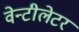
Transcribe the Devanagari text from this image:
वेन्टीलेटर